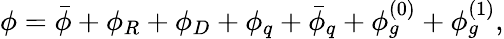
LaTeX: \phi=\bar{\phi}+\phi_{R}+\phi_{D}+\phi_{q}+\bar{\phi}_{q}+\phi_{g}^{\left(0\right)}+\phi_{g}^{\left(1\right)},